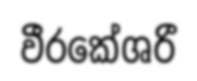
වීරකේශරී